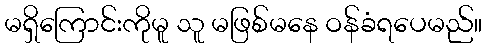
မရှိကြောင်းကိုမူ သူ မဖြစ်မနေ ဝန်ခံရပေမည်။